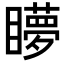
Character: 𥌋